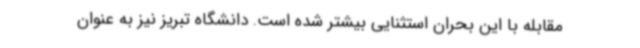
مقابله با این بحران استثنایی بیشتر شده است. دانشگاه تبریز نیز به عنوان